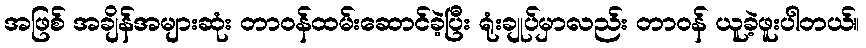
အဖြစ် အချိန်အများဆုံး တာဝန်ထမ်းဆောင်ခဲ့ပြီး ရုံးချုပ်မှာလည်း တာဝန် ယူခဲ့ဖူးပါတယ်။